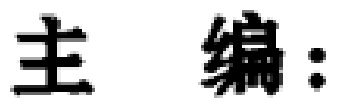
主编：